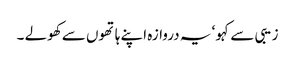
زیبی سے کہو ‘ یہ دروازہ اپنے ہاتھوں سے کھولے ۔